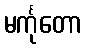
မင်္ကုတော